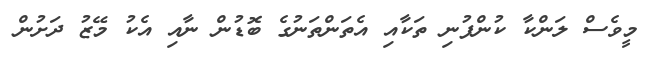
މީވެސް ލަންކާ ކުންފުނި ތަކާއި އެތަންތަނުގެ ބޮޑުން ނާއި އެކު މޭޒު ދަށުން